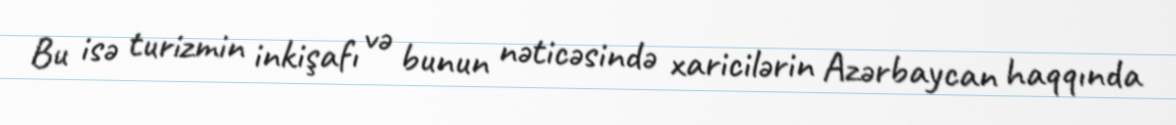
Bu isə turizmin inkişafı və bunun nəticəsində xaricilərin Azərbaycan haqqında